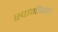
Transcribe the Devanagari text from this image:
स्वामीगल